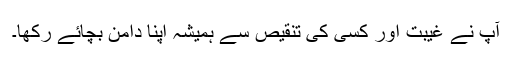
آپ نے غیبت اور کسی کی تنقیص سے ہمیشہ اپنا دامن بچائے رکھا۔